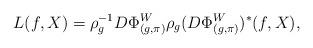
LaTeX: \begin{align*}L(f, X)= \rho_g^{-1} D\Phi^W_{(g,\pi)} \rho_g (D\Phi^W_{(g,\pi)})^* (f, X),\end{align*}